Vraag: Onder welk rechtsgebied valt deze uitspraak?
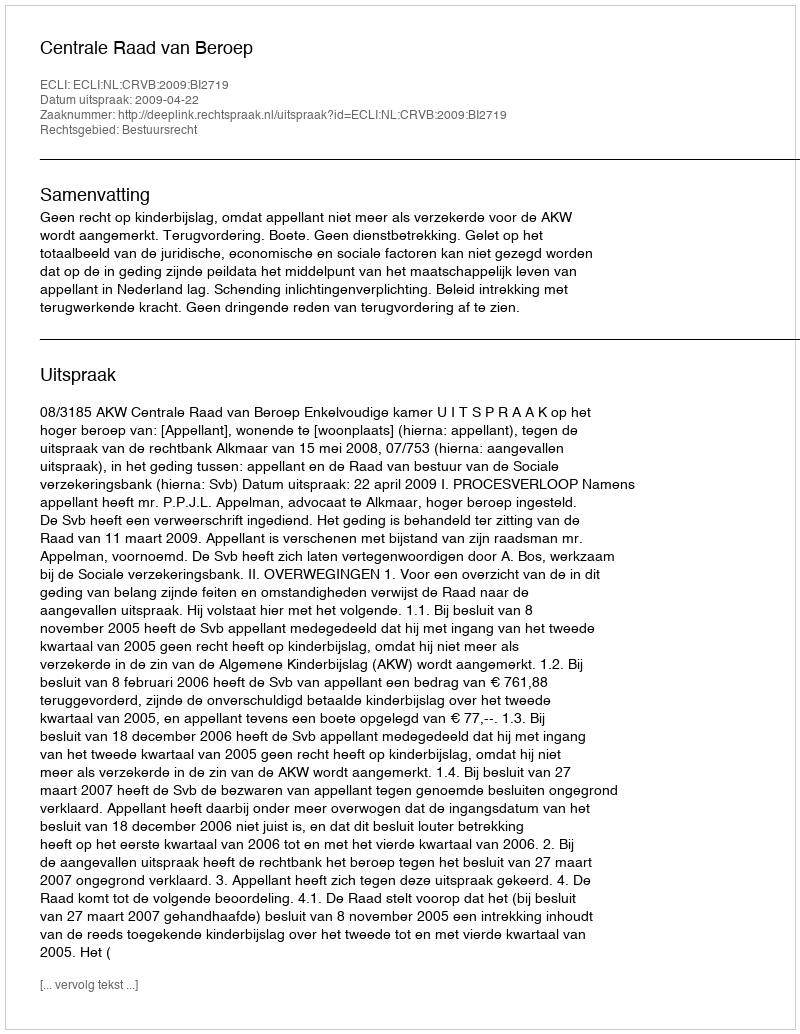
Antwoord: Bestuursrecht